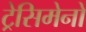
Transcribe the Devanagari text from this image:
ट्रेसिमेनो